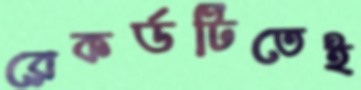
রেকর্ডটিতেই